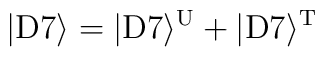
|{\rm D}7\rangle = |{\rm D}7\rangle^{\rm U}+|{\rm D}7\rangle^{\rm T}